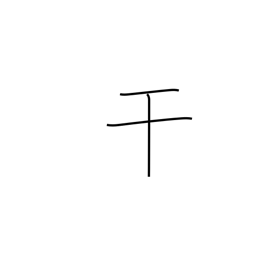
Meaning: intercede